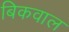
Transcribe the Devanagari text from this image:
बिकवाल